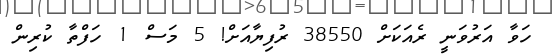
ހަވާ އަރުވަނީ ރެއަކަށް 38550 ރުފިޔާއަށް! 5 މަސް 1 ހަފްތާ ކުރިން